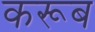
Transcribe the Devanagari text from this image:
करूब